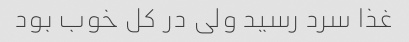
غذا سرد رسید ولی در کل خوب بود